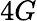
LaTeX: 4G